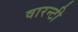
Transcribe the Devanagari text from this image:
वारन्टी